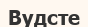
Вудсте